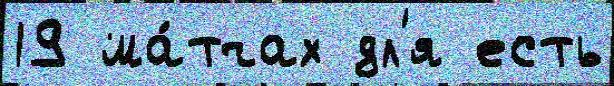
19 ма́тчах дл'я есть